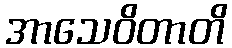
အာသေဝိတာတိ